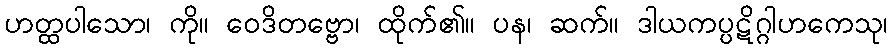
ဟတ္ထပါသော၊ ကို။ ဝေဒိတဗ္ဗော၊ ထိုက်၏။ ပန၊ ဆက်။ ဒါယကပ္ပဋိဂ္ဂါဟကေသု၊